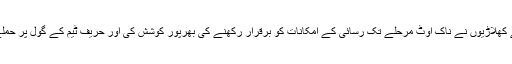
دوسرے ہاف میں جنوبی کوریا کے کھلاڑیوں نے ناک آؤٹ مرحلے تک رسائی کے امکانات کو برقرار رکھنے کی بھرپور کوشش کی اور حریف ٹیم کے گول پر حملے بھی کیے لیکن گول نہ کرسکے۔